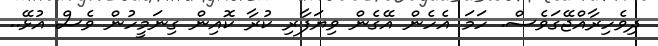
ދިވެހިރާއްޖޭގަވެސް. ހަމަ އެހެން އޭގެން ވިޔަފާރި ކުރާ ކޮއިން ގިނަމީހުން ވެސް އުޅޭ..